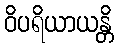
ဝိပရိယာယန္တိ